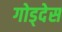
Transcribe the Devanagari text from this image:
गोड्देस